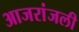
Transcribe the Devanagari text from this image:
आजरांजली